Indian journal of veterinary science and animal husbandry - Volumes 15-17, 1948-1951
Year: 1948
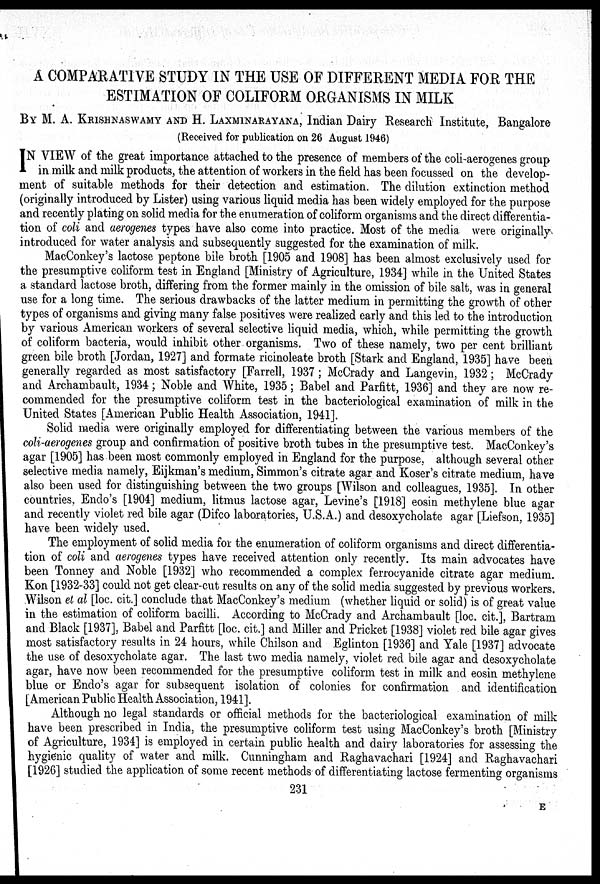
A COMPARATIVE STUDY IN THE USE OF DIFFERENT MEDIA FOR THE
ESTIMATION OF COLIFORM ORGANISMS IN MILK
BY M. A. KRISHNASWAMY AND H. LAXMINARAYANA, Indian Dairy Research Institute, Bangalore
(Received for publication on 26 August 1946)
I N VIEW of the great importance attached to the presence of members of the coli-aerogenes group
in milk and milk products, the attention of workers in the field has been focussed on the develop-
ment of suitable methods for their detection and estimation. The dilution extinction method
(originally introduced by Lister) using various liquid media has been widely employed for the purpose
and recently plating on solid media for the enumeration of coliform organisms and the direct differentia-
tion of coli and aerogenes types have also come into practice. Most of the media were originally-
introduced for water analysis and subsequently suggested for the examination of milk.
MacConkey's lactose peptone bile broth [1905 and 1908] has been almost exclusively used for
the presumptive coliform test in England [Ministry of Agriculture, 1934] while in the United States
a standard lactose broth, differing from the former mainly in the omission of bile salt, was in general
use for a long time. The serious drawbacks of the latter medium in permitting the growth of other
types of organisms and giving many false positives were realized early and this led to the introduction
by various American workers of several selective liquid media, which, while permitting the growth
of coliform bacteria, would inhibit other organisms. Two of these namely, two per cent brilliant
green bile broth [Jordan, 1927] and formate ricinoleate broth [Stark and England, 1935] have been
generally regarded as most satisfactory [Farrell, 1937 ; McCrady and Langevin, 1932 ; McCrady
and Archambault, 1934; Noble and White, 1935; Babel and Parfitt, 1936] and they are now re-
commended for the presumptive coliform test in the bacteriological examination of milk in the
United States [American Public Health Association, 1941].
Solid media were originally employed for differentiating between the various members of the
coli-aerogenes group and confirmation of positive broth tubes in the presumptive test. MacConkey's
agar [1905] has been most commonly employed in England for the purpose, although several other
selective media namely, Eijkman's medium, Simmon's citrate agar and Koser's citrate medium, have
also been used for distinguishing between the two groups [Wilson and colleagues, 1935]. In other
countries, Endo's [1904] medium, litmus lactose agar, Levine's [1918] eosin methylene blue agar
and recently violet red bile agar (Difco laboratories, U.S.A.) and desoxycholate agar [Liefson, 1935]
have been widely used.
The employment of solid media for the enumeration of coliform organisms and direct differentia-
tion of coli and aerogenes types have received attention only recently. Its main advocates have
been Tonney and Noble [1932] who recommended a complex ferrocyanide citrate agar medium.
Kon [1932-33] could not get clear-cut results on any of the solid media suggested by previous workers.
Wilson et al [loc. cit.] conclude that MacConkey's medium (whether liquid or solid) is of great value
in the estimation of coliform bacilli. According to McCrady and Archambault [loc. cit.], Bartram
and Black [1937], Babel and Parfitt [loc. cit.] and Miller and Pricket [1938] violet red bile agar gives
most satisfactory results in 24 hours, while Chilson and Eglinton [1936] and Yale [1937] advocate
the use of desoxycholate agar. The last two media namely, violet red bile agar and desoxycholate
agar, have now been recommended for the presumptive coliform test in milk and eosin methylene
blue or Endo's agar for subsequent isolation of colonies for confirmation and identification
[American Public Health Association, 1941].
Although no legal standards or official methods for the bacteriological examination of milk
have been prescribed in India, the presumptive coliform test using MacConkey's broth [Ministry
of Agriculture, 1934] is employed in certain public health and dairy laboratories for assessing the
hygienic quality of water and milk. Cunningham and Raghavachari [1924] and Raghavachari
[1926] studied the application of some recent methods of differentiating lactose fermenting organisms
231
E